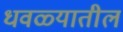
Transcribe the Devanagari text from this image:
धवळ्यातील